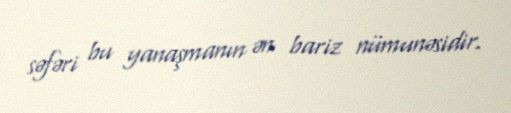
səfəri bu yanaşmanın ən bariz nümunəsidir.